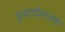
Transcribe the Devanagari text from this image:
इत्यादीमध्येही